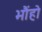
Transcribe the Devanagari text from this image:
भौंहो